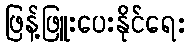
ဖြန့်ဖြူးပေးနိုင်ရေး